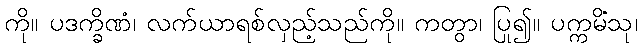
ကို။ ပဒက္ခိဏံ၊ လက်ယာရစ်လှည့်သည်ကို။ ကတွာ၊ ပြု၍။ ပက္ကမိံသု၊